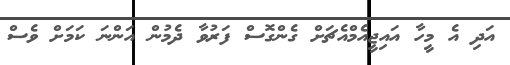
އަދި އެ މީހާ އައިޖީއެމްއެޗަށް ގެންގޮސް ފަރުވާ ދެމުން އަންނަ ކަމަށް ވެސް